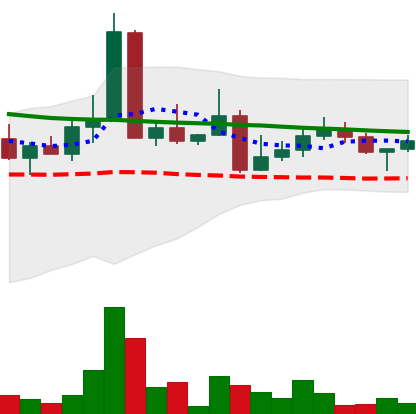
Ticker: DOGE-USD
Chart end date: 2022-04-19
Forward return: -7.513%
Label: down_7plus